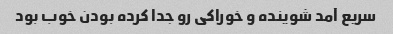
سریع آمد شوینده و خوراکی رو جدا کرده بودن خوب بود